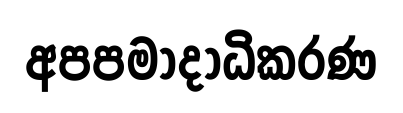
අපපමාදාධිකරණ